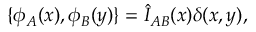
\{ \phi _ { A } ( x ) , \phi _ { B } ( y ) \} = \hat { I } _ { A B } ( x ) \delta ( x , y ) ,